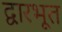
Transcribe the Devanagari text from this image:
द्वारभूत